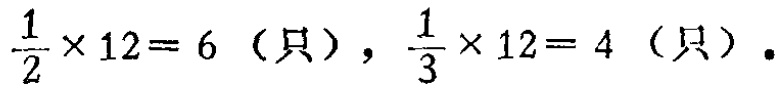
$\frac{1}{2} \times 12 = 6 \text{（只）}，\frac{1}{3} \times 12 = 4 \text{（只）}.$